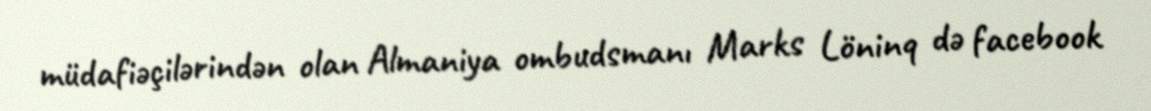
müdafiəçilərindən olan Almaniya ombudsmanı Marks Löninq də facebook